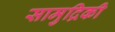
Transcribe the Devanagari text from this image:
सामुद्रिकी